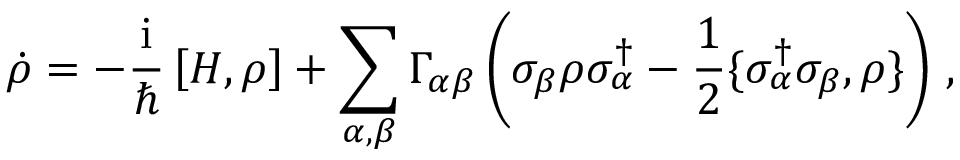
\dot { \rho } = - \frac { \mathrm { i } } { \hbar } \left[ H , \rho \right] + \sum _ { \alpha , \beta } \Gamma _ { \alpha \beta } \left( \sigma _ { \beta } \rho \sigma _ { \alpha } ^ { \dagger } - \frac { 1 } { 2 } \{ \sigma _ { \alpha } ^ { \dagger } \sigma _ { \beta } , \rho \} \right) \, ,